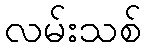
လမ်းသစ်